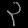
Digit: ၃